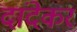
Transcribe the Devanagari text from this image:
दांदेकर